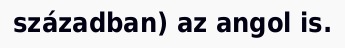
században) az angol is.